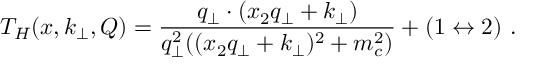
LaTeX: T _ { H } ( x , k _ { \perp } , Q ) = \frac { q _ { \perp } \cdot ( x _ { 2 } q _ { \perp } + k _ { \perp } ) } { q _ { \perp } ^ { 2 } ( ( x _ { 2 } q _ { \perp } + k _ { \perp } ) ^ { 2 } + m _ { c } ^ { 2 } ) } + ( 1 \leftrightarrow 2 ) \ .